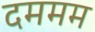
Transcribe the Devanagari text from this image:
दममम